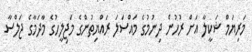
މަރިޔަމް ޝަކީލާ އަށް ރުހުން ދިނުމުގެ މައްސަލަ ރައްޔިތުންގެ މަޖިލީހުގެ މާދަމާގެ ޖަލްސާ